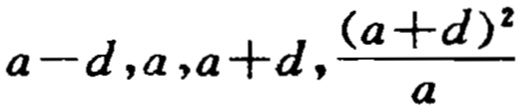
\(a - d,a,a + d,\frac{(a + d)^2}{a}\)